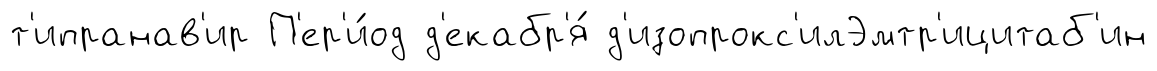
т'ипранав'ир П'ер'и́од д'екабр'я́ д'изопрокс'илЭмтр'ицитаб'ин